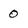
Character: 0